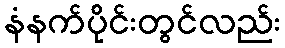
နံနက်ပိုင်းတွင်လည်း